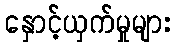
နှောင့်ယှက်မှုများ